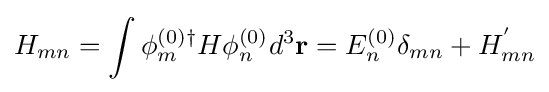
H_{mn}=\int \phi _{m}^{(0)\dagger }H\phi _{n}^{(0)}d^{3}\mathbf {r} =E_{n}^{(0)}\delta _{mn}+H_{mn}^{'}